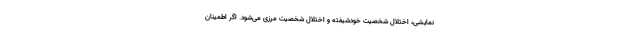
نمایشی، اختلال شخصیت خودشیفته و اختلال شخصیت مرزی می‌شود. اگر اطمینان